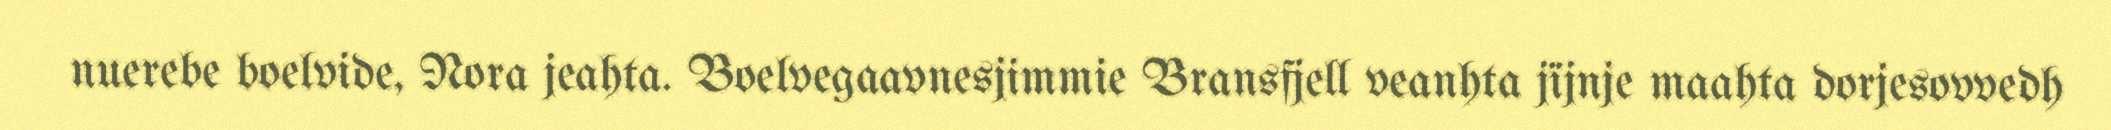
nuerebe boelvide, Nora jeahta. Boelvegaavnesjimmie Bransfjell veanhta jïjnje maahta dorjesovvedh